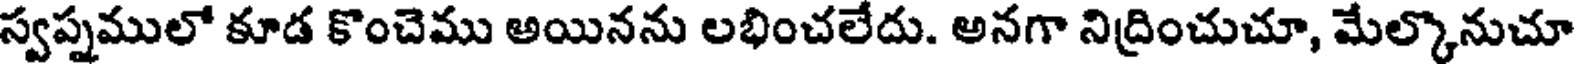
స్వప్నములో కూడ కొంచెము అయినను లభించలేదు. అనగా నిద్రించుచూ, మేల్కొనుచూ